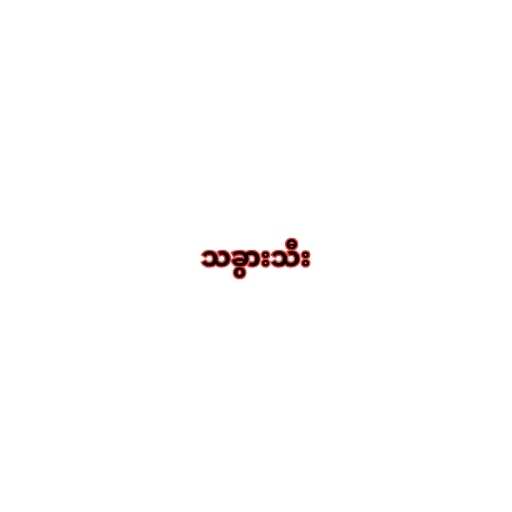
သခွားသီး